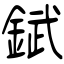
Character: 錻